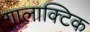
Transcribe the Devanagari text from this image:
गालाक्टिक